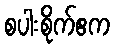
စပါးစိုက်ဧက